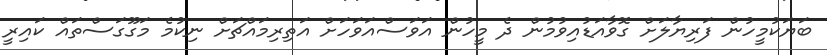
ބަޔަކުމީހުން ފަރިޔާލަށް ގޮވާއަޑުއިވުމުން ދެ މީހުން އަވަސްއަވަހަށް އަތިރިމައްޗަށް ނިކުމެ މަގޫގަސްތައް ކައިރީ